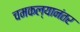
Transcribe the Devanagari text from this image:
चमकल्यानंतर